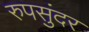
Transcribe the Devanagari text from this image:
रुपसुंदर